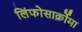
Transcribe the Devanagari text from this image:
लिंफोसार्क्रोमा